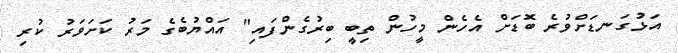
އަޅުގަނޑަށްވުރެ ބޮޑަށް އެހެން މީހުން ތިބީ ބިރުގެންފައި" އައްޔުބެގެ މަރު ކަށަވަރު ކުރި